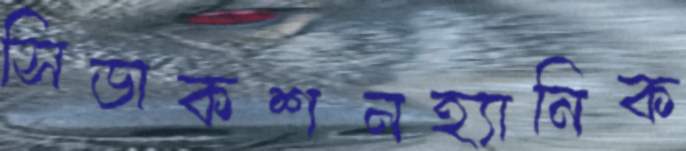
সিডাকশনহ্যানিক